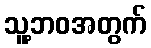
သူ့ဘဝအတွက်